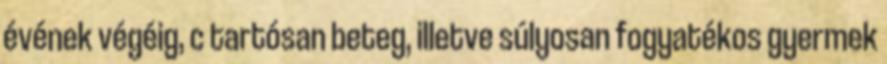
évének végéig, c tartósan beteg, illetve súlyosan fogyatékos gyermek